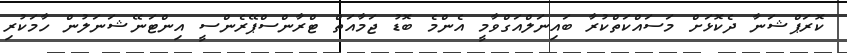
ކޮރަޕްޝަނާ ދެކޮޅަށް މަސައްކަތްކުރާ ބައިނަލްއަގްވާމީ އެންމެ ބޮޑު ޖަމާއަތް ޓްރާންސްޕޭރެންސީ އިންޓަނޭޝަނަލުން ހާމަކުރި